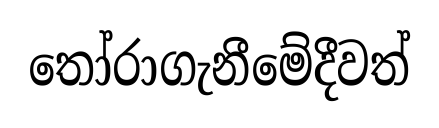
තෝරාගැනීමේදීවත්